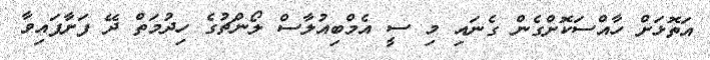
އަތޮޅަށް ހާއްސަކޮށްގެން ގެނައި މި ސީ އެމްބިއުލާސް ލޯންޗުގެ ހިދުމަތް ދޭ ފަށާފައިވާ